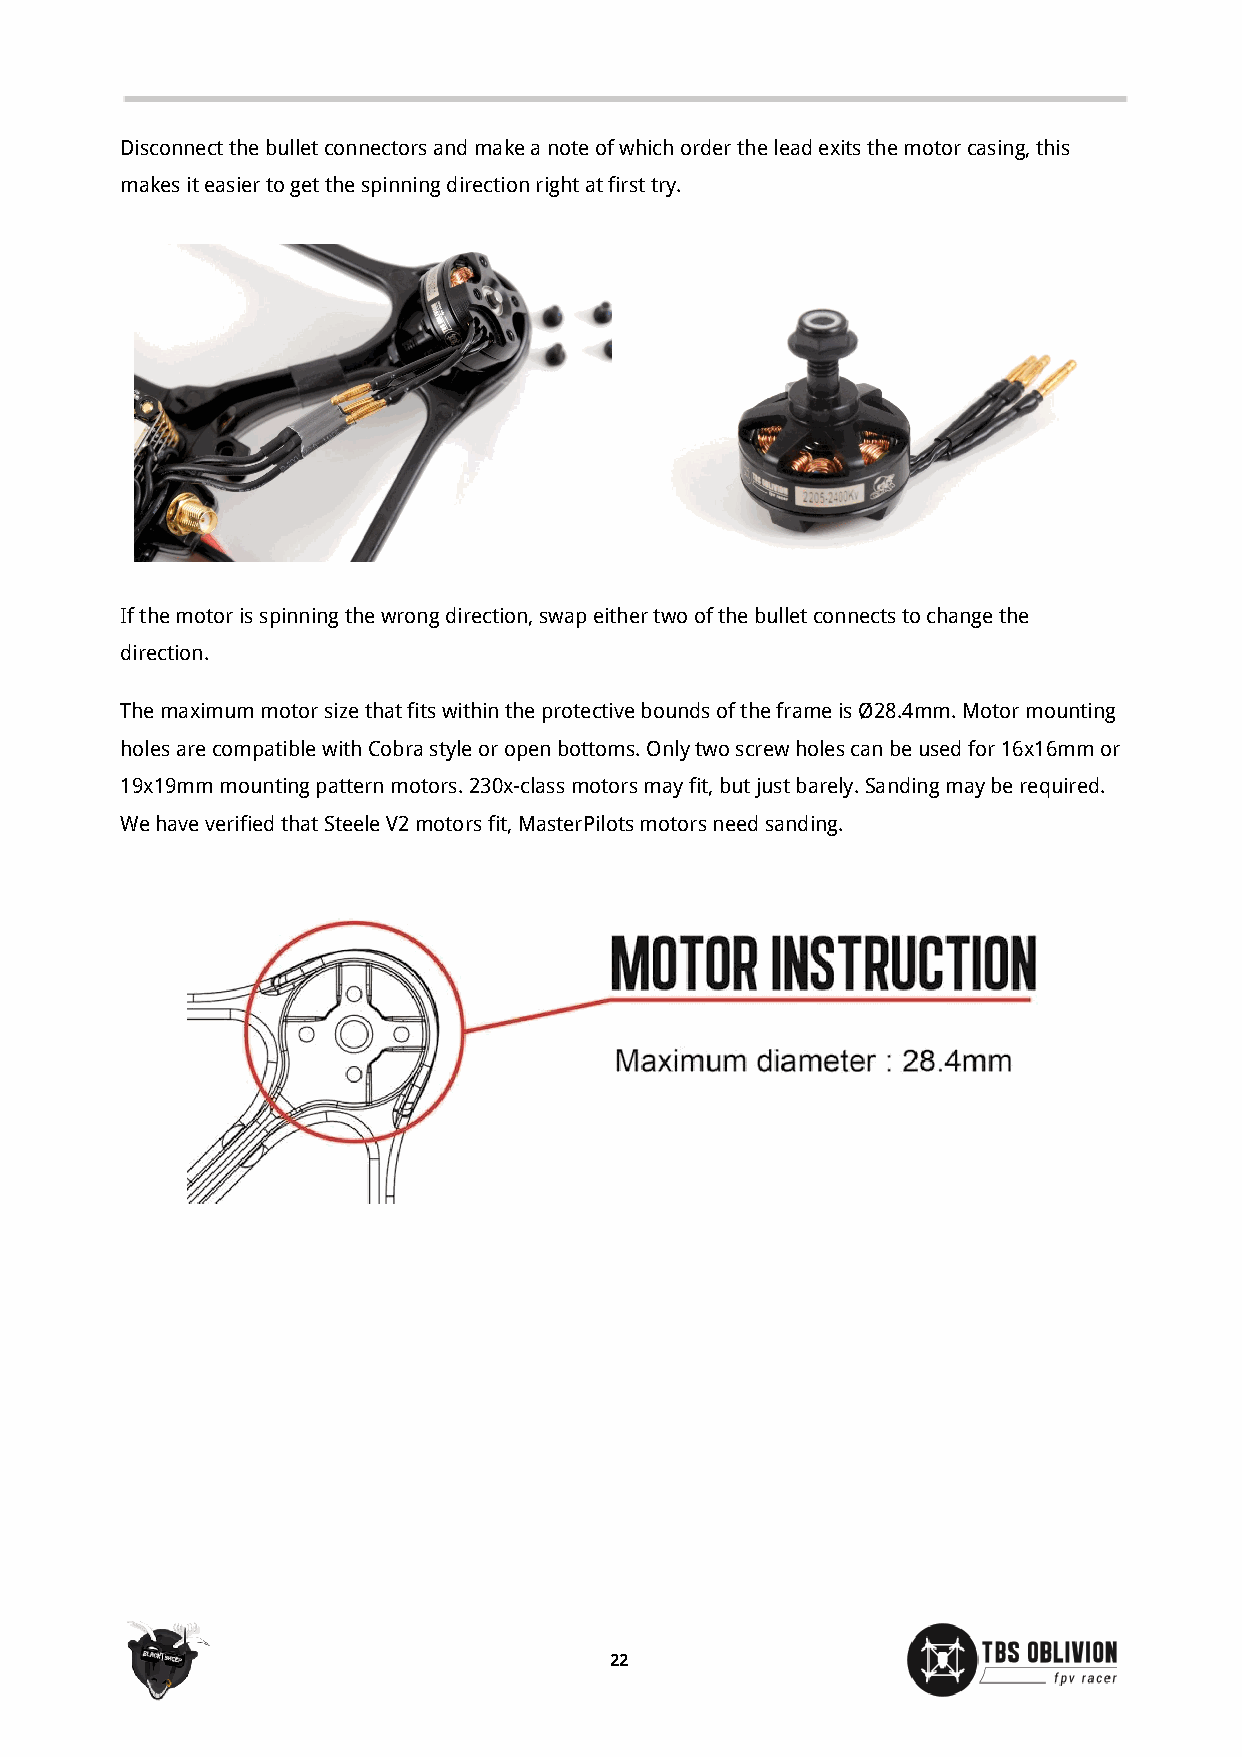
Disconnect the bullet connectors and make a note of which order the lead exits the motor casing, this
 makes it easier to get the spinning direction right at first try.
 If the motor is spinning the wrong direction, swap either two of the bullet connects to change the
 direction.
 The maximum motor size that fits within the protective bounds of the frame is Ø28.4mm. Motor mounting
 holes are compatible with Cobra style or open bottoms. Only two screw holes can be used for 16x16mm or
 19x19mm mounting pattern motors. 230x-class motors may fit, but just barely. Sanding may be required.
 We have verified that Steele V2 motors fit, MasterPilots motors need sanding.
 22